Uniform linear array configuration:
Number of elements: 16
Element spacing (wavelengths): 0.25
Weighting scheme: kaiser
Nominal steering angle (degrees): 60
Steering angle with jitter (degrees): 58.742
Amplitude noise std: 0.05
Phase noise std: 0.05

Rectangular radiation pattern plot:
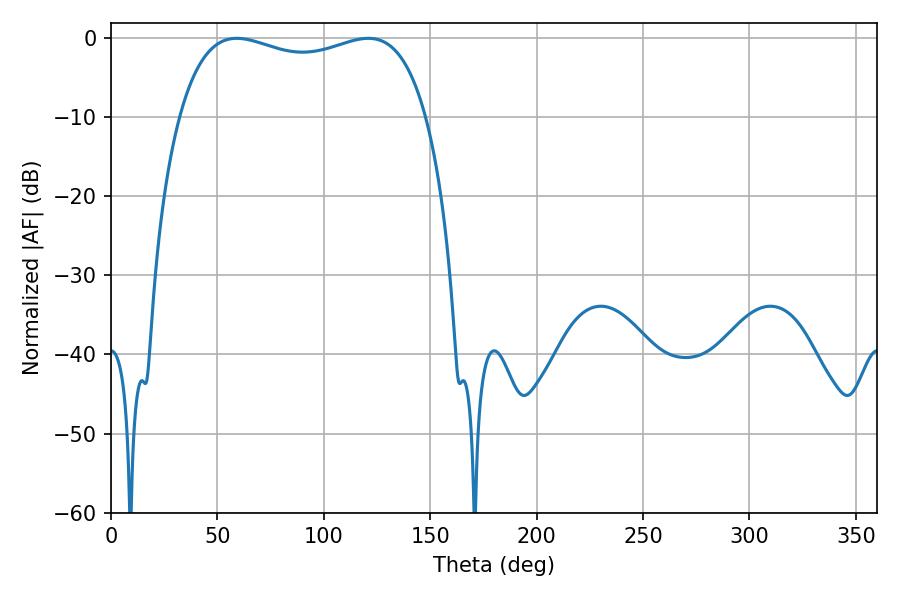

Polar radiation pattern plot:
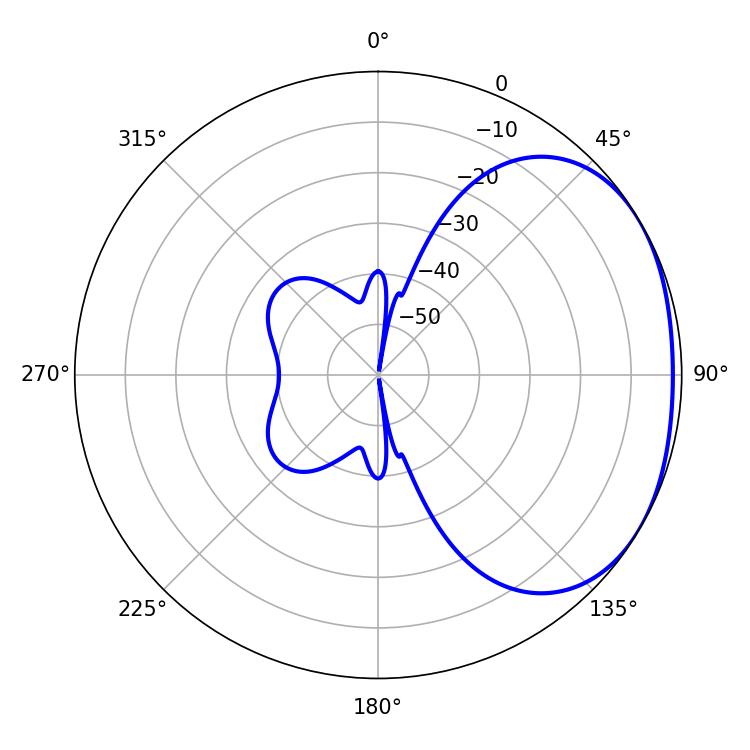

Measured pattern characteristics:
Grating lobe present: FALSE
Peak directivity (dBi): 1.947
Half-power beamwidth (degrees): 95.04
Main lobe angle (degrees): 59.04